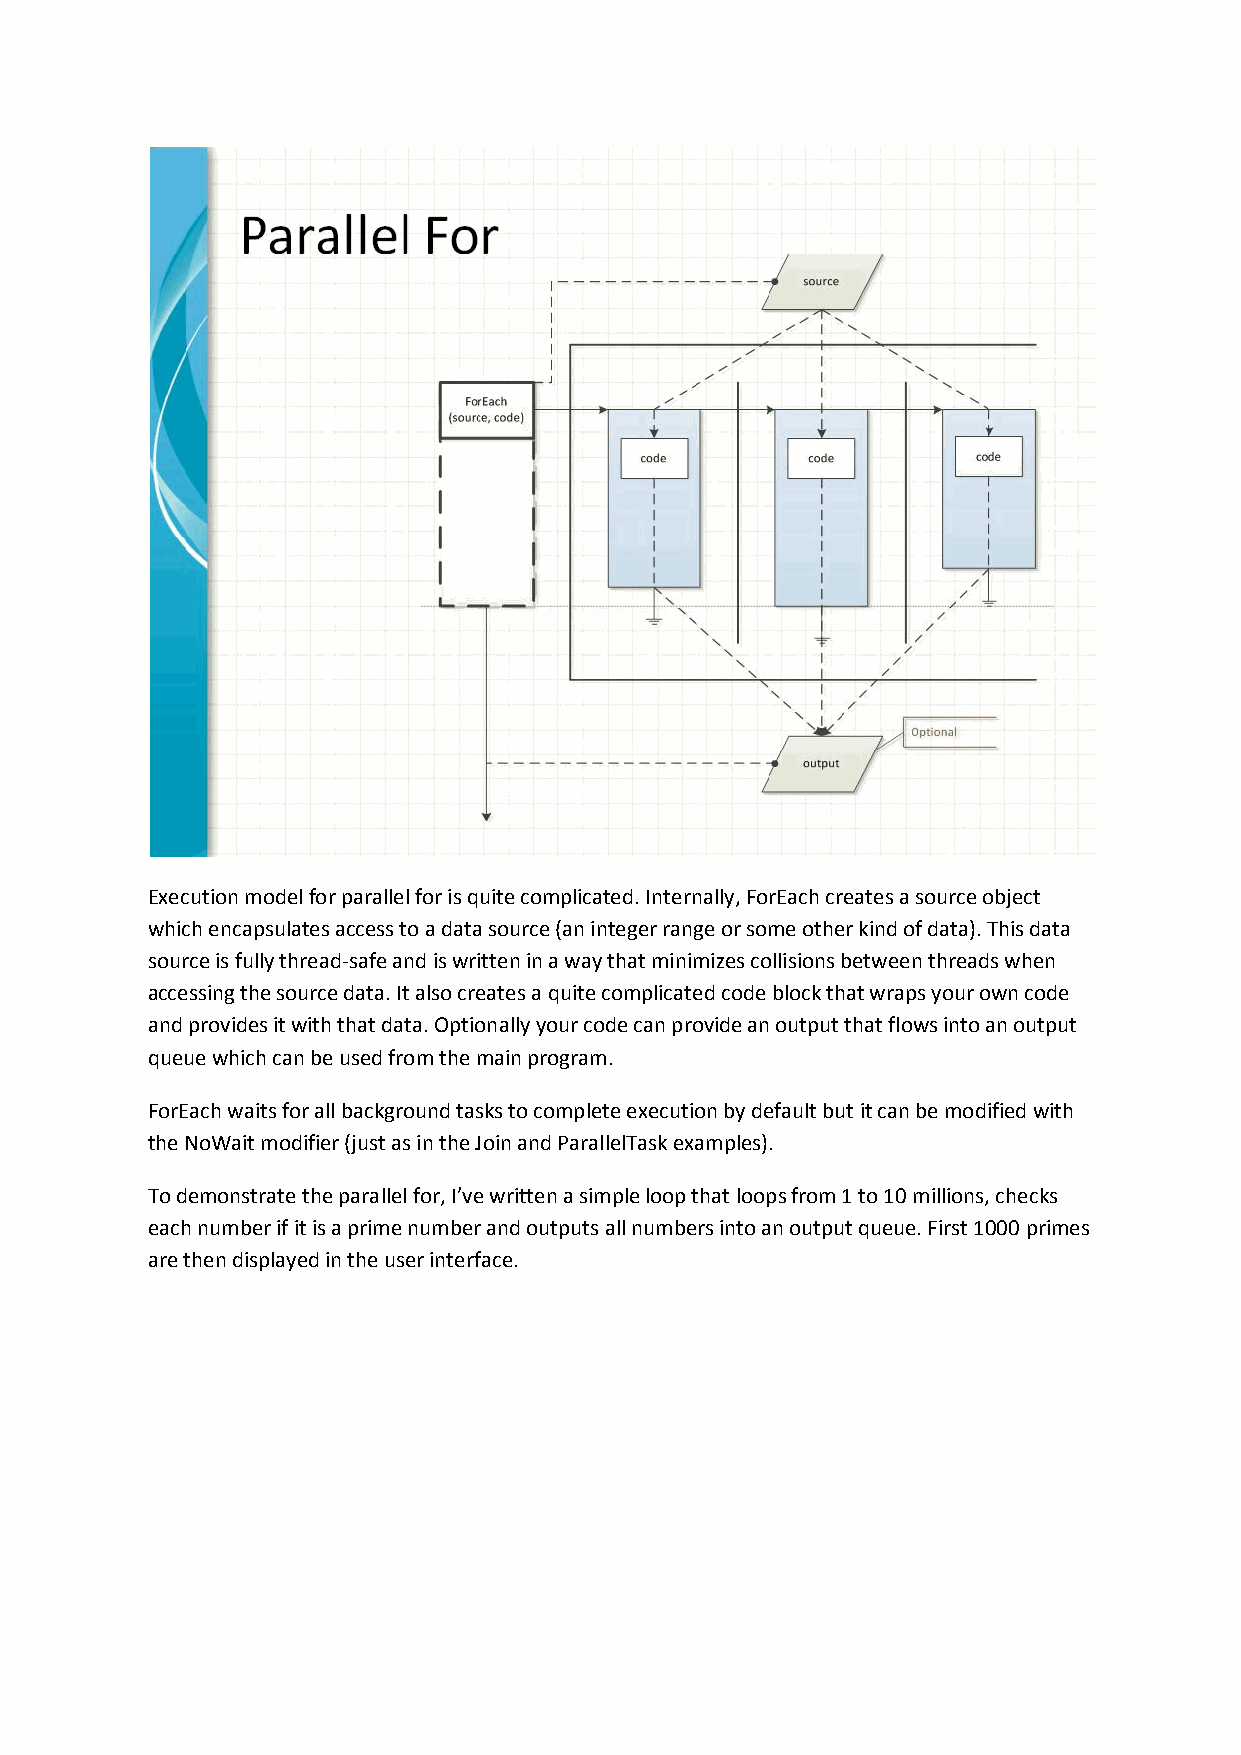
Execution model for parallel for is quite complicated. Internally, ForEach creates a source object
 which encapsulates access to a data source (an integer range or some other kind of data). This data
 source is fully thread-safe and is written in a way that minimizes collisions between threads when
 accessing the source data. It also creates a quite complicated code block that wraps your own code
 and provides it with that data. Optionally your code can provide an output that flows into an output
 queue which can be used from the main program.
 ForEach waits for all background tasks to complete execution by default but it can be modified with
 the NoWait modifier (just as in the Join and ParallelTask examples).
 To demonstrate the parallel for, I’ve written a simple loop that loops from 1 to 10 millions, checks
 each number if it is a prime number and outputs all numbers into an output queue. First 1000 primes
 are then displayed in the user interface.